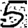
Digit: 5